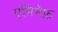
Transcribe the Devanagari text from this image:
एमिनेफ़